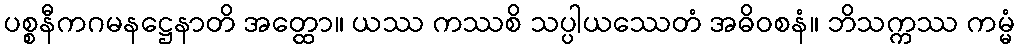
ပစ္စနီကဂမနဋ္ဌေနာတိ အတ္ထော။ ယဿ ကဿစိ သပ္ပါယဿေတံ အဓိဝစနံ။ ဘိသက္ကဿ ကမ္မံ